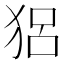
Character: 𤞪